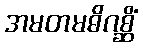
အမတမဓိဂစ္ဆိံ